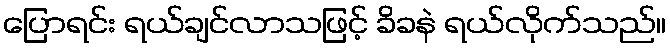
ပြောရင်း ရယ်ချင်လာသဖြင့် ခိခနဲ ရယ်လိုက်သည်။